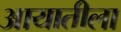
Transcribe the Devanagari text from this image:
आयातीला